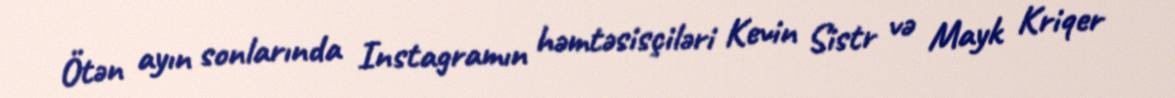
Ötən ayın sonlarında Instagramın həmtəsisçiləri Kevin Sistr və Mayk Kriqer